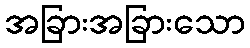
အခြားအခြားသော